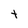
Character: t